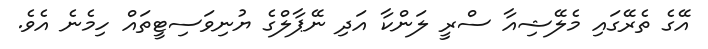
އޭގެ ތެރޭގައި މެލޭޝިއާ ސްރީ ލަންކާ އަދި ނޭޕާލްގެ ޔުނިވަސިޓީތައް ހިމެނެ އެވެ.